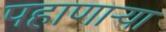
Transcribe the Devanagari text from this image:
पहाणार्‍या